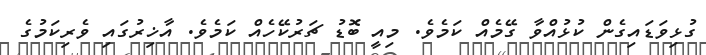
ގުޅިވަޑައިގެން ކުޅުއްވާ ގޭމެއް ކަމެވެ. މިއީ ބޮޑު ޗަރުކޭހެއް ކަމެވެ. އާޚިރުގައި ވެރިކަމުގެ